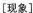
[现象]